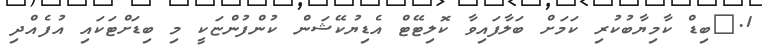
1.	ބިޑް ކާމިޔާބުކުރި ކަމަށް ބަލާފައިވާ ކޮލިޓޭޓް އެޑިޔުކޭޝަން ކުންފުންޏަކީ މި ބިޑަށްޓަކައި އުފެއްދި